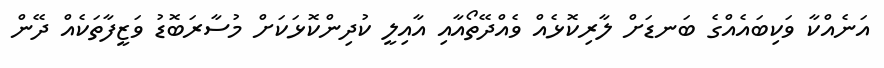
އަނެއްކާ ވަކިބައެއްގެ ބަނޑަށް ލާރިކޮޅެއް ވެއްދޭތޯއާއި އާއިލީ ކުދިންކޮޅަކަށް މުސާރަބޮޑު ވަޒީފާތަކެއް ދޭން